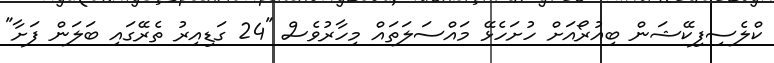
ކްލެސިފިކޭޝަން ބިއުރޯއަށް ހުށަހެޅޭ މައްސަލަތައް މިހާރުވެސް "24 ގަޑިއިރު ތެރޭގައި ބަލަން ފަށާ"